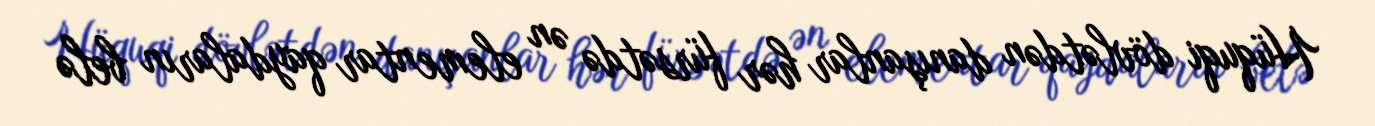
Hüquqi dövlətdən danışanlar hər fürsətdə ən elementar qaydaların belə